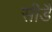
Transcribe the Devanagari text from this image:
सीडै